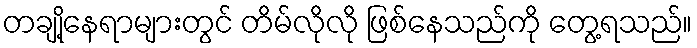
တချို့နေရာများတွင် တိမ်လိုလို ဖြစ်နေသည်ကို တွေ့ရသည်။